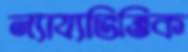
ন্যায্যভিত্তিক